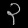
Digit: ၃